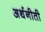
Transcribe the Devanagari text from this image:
अर्थनीती